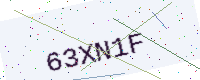
Text: 63XN1F